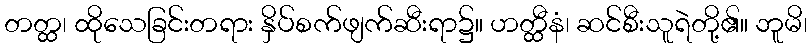
တတ္ထ၊ ထိုသေခြင်းတရား နှိပ်စက်ဖျက်ဆီးရာ၌။ ဟတ္ထီနံ၊ ဆင်စီးသူရဲတို့၏။ ဘူမိ၊